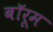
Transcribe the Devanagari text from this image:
बॉरूम